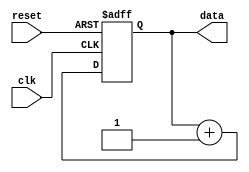
module repeat_loop (
    input wire clk,          // Clock signal
    input wire reset,        // Reset signal to terminate the loop
    output reg [7:0] data    // Example output data
);

    // Initialization
    initial begin
        data = 8'b0; // Initialize data
    end

    // Always block to implement the repeat loop
    always @(posedge clk or posedge reset) begin
        if (reset) begin
            // Graceful termination of the loop
            data <= 8'b0; // Reset data or perform any necessary cleanup
        end else begin
            // Infinite loop behavior
            // Example operation: Increment data
            data <= data + 1;
            // Additional operations can be added here
        end
    end

endmodule